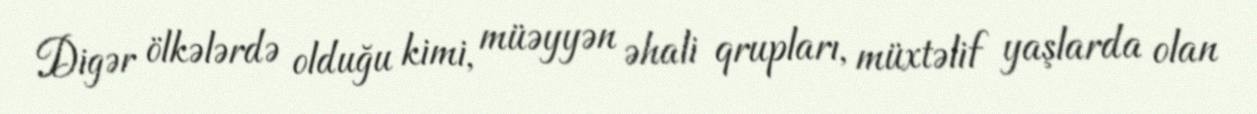
Digər ölkələrdə olduğu kimi, müəyyən əhali qrupları, müxtəlif yaşlarda olan